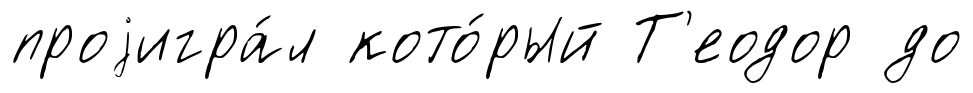
проjигра́л кото́рый Т'еодор до